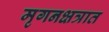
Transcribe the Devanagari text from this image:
मृगनक्षत्रात